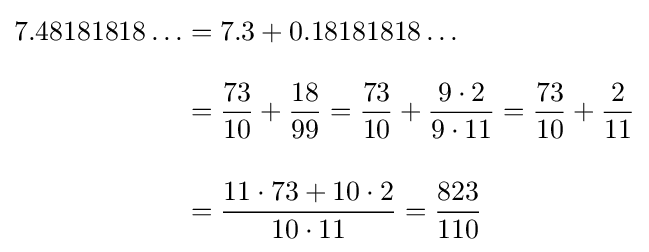
{\begin{aligned}7.48181818\ldots &=7.3+0.18181818\ldots \\[8pt]&={\frac {73}{10}}+{\frac {18}{99}}={\frac {73}{10}}+{\frac {9\cdot 2}{9\cdot 11}}={\frac {73}{10}}+{\frac {2}{11}}\\[12pt]&={\frac {11\cdot 73+10\cdot 2}{10\cdot 11}}={\frac {823}{110}}\end{aligned}}